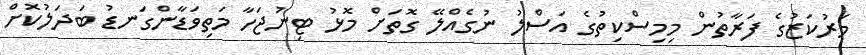
މަރުކަޒުގެ ފަރާތުން މިމިސްކިތުގެ އަސްލު ނުގެއްލޭ ގޮތަށް މޮޅު ޓިނުޖަހާ މަތިވަޑާންގަނޑު ބަދަލުކޮށް